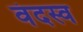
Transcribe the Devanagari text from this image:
वंदस्व